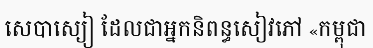
សេបាស្យៀ ដែលជាអ្នកនិពន្ធសៀវភៅ «កម្ពុជា